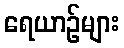
ရေယာဉ်များ